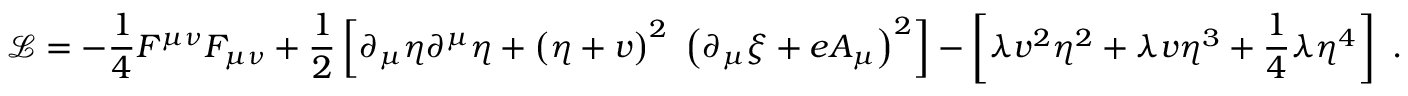
\ { \mathcal { L } } = - { \frac { 1 } { 4 } } F ^ { \mu \nu } F _ { \mu \nu } + { \frac { 1 } { 2 } } \left[ \partial _ { \mu } \eta \partial ^ { \mu } \eta + \left( \eta + v \right) ^ { 2 } \ \left( \partial _ { \mu } \xi + e A _ { \mu } \right) ^ { 2 } \right] - \left[ \lambda v ^ { 2 } \eta ^ { 2 } + \lambda v \eta ^ { 3 } + { \frac { 1 } { 4 } } \lambda \eta ^ { 4 } \right] ~ .